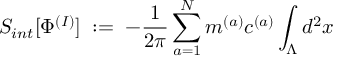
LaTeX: S _ { i n t } [ \Phi ^ { ( I ) } ] \; : = \; - \frac { 1 } { 2 \pi } \sum _ { a = 1 } ^ { N } m ^ { ( a ) } c ^ { ( a ) } \int _ { \Lambda } d ^ { 2 } x \;